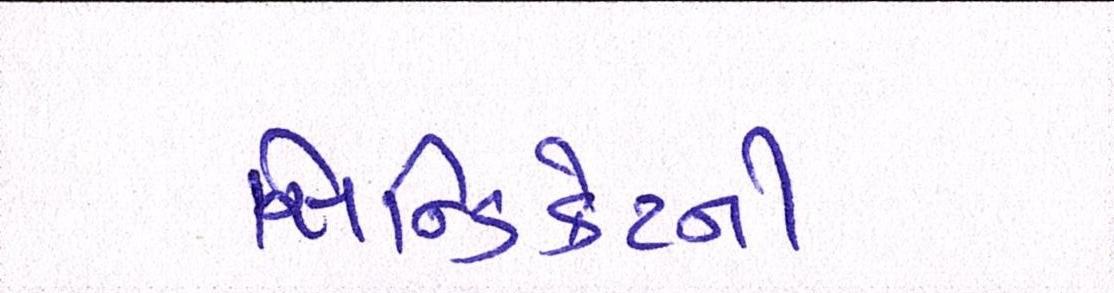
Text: સિન્ડિકેટની